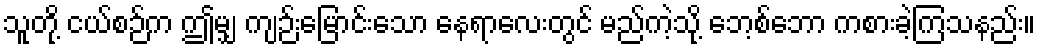
သူတို့ ငယ်စဉ်က ဤမျှ ကျဉ်းမြောင်းသော နေရာလေးတွင် မည်ကဲ့သို့ ဘေ့စ်ဘော ကစားခဲ့ကြသနည်း။